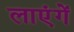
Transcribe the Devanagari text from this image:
लाएंगें